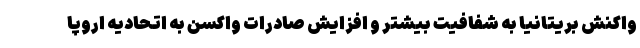
واکنش بریتانیا به شفافیت بیشتر و افزایش صادرات واکسن به اتحادیه اروپا